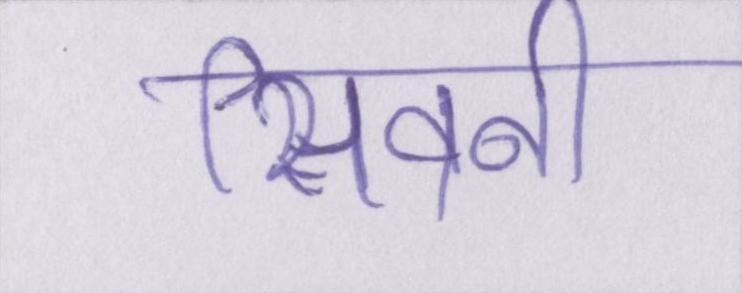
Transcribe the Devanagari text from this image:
सिवनी